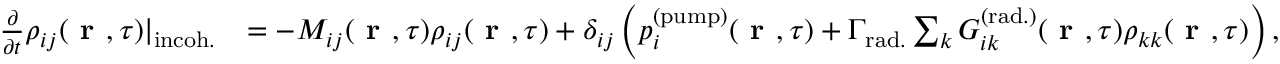
\begin{array} { r l } { \frac { \partial } { \partial t } \rho _ { i j } ( \textbf { r } , \tau ) | _ { \mathrm { i n c o h . } } } & { = - M _ { i j } ( \textbf { r } , \tau ) \rho _ { i j } ( \textbf { r } , \tau ) + \delta _ { i j } \left( p _ { i } ^ { ( \mathrm { p u m p } ) } ( \textbf { r } , \tau ) + \Gamma _ { \mathrm { r a d . } } \sum _ { k } G _ { i k } ^ { ( \mathrm { r a d . } ) } ( \textbf { r } , \tau ) \rho _ { k k } ( \textbf { r } , \tau ) \right) , } \end{array}